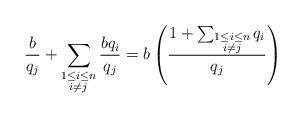
LaTeX: \begin{align*}\frac{b}{q_j}+\sum_{\substack{1\leq i \leq n \\ i\neq j}} \frac{bq_i}{q_j} = b\left(\frac{1+\sum_{\substack{1\leq i \leq n \\ i\neq j}}q_i}{q_j}\right) \end{align*}